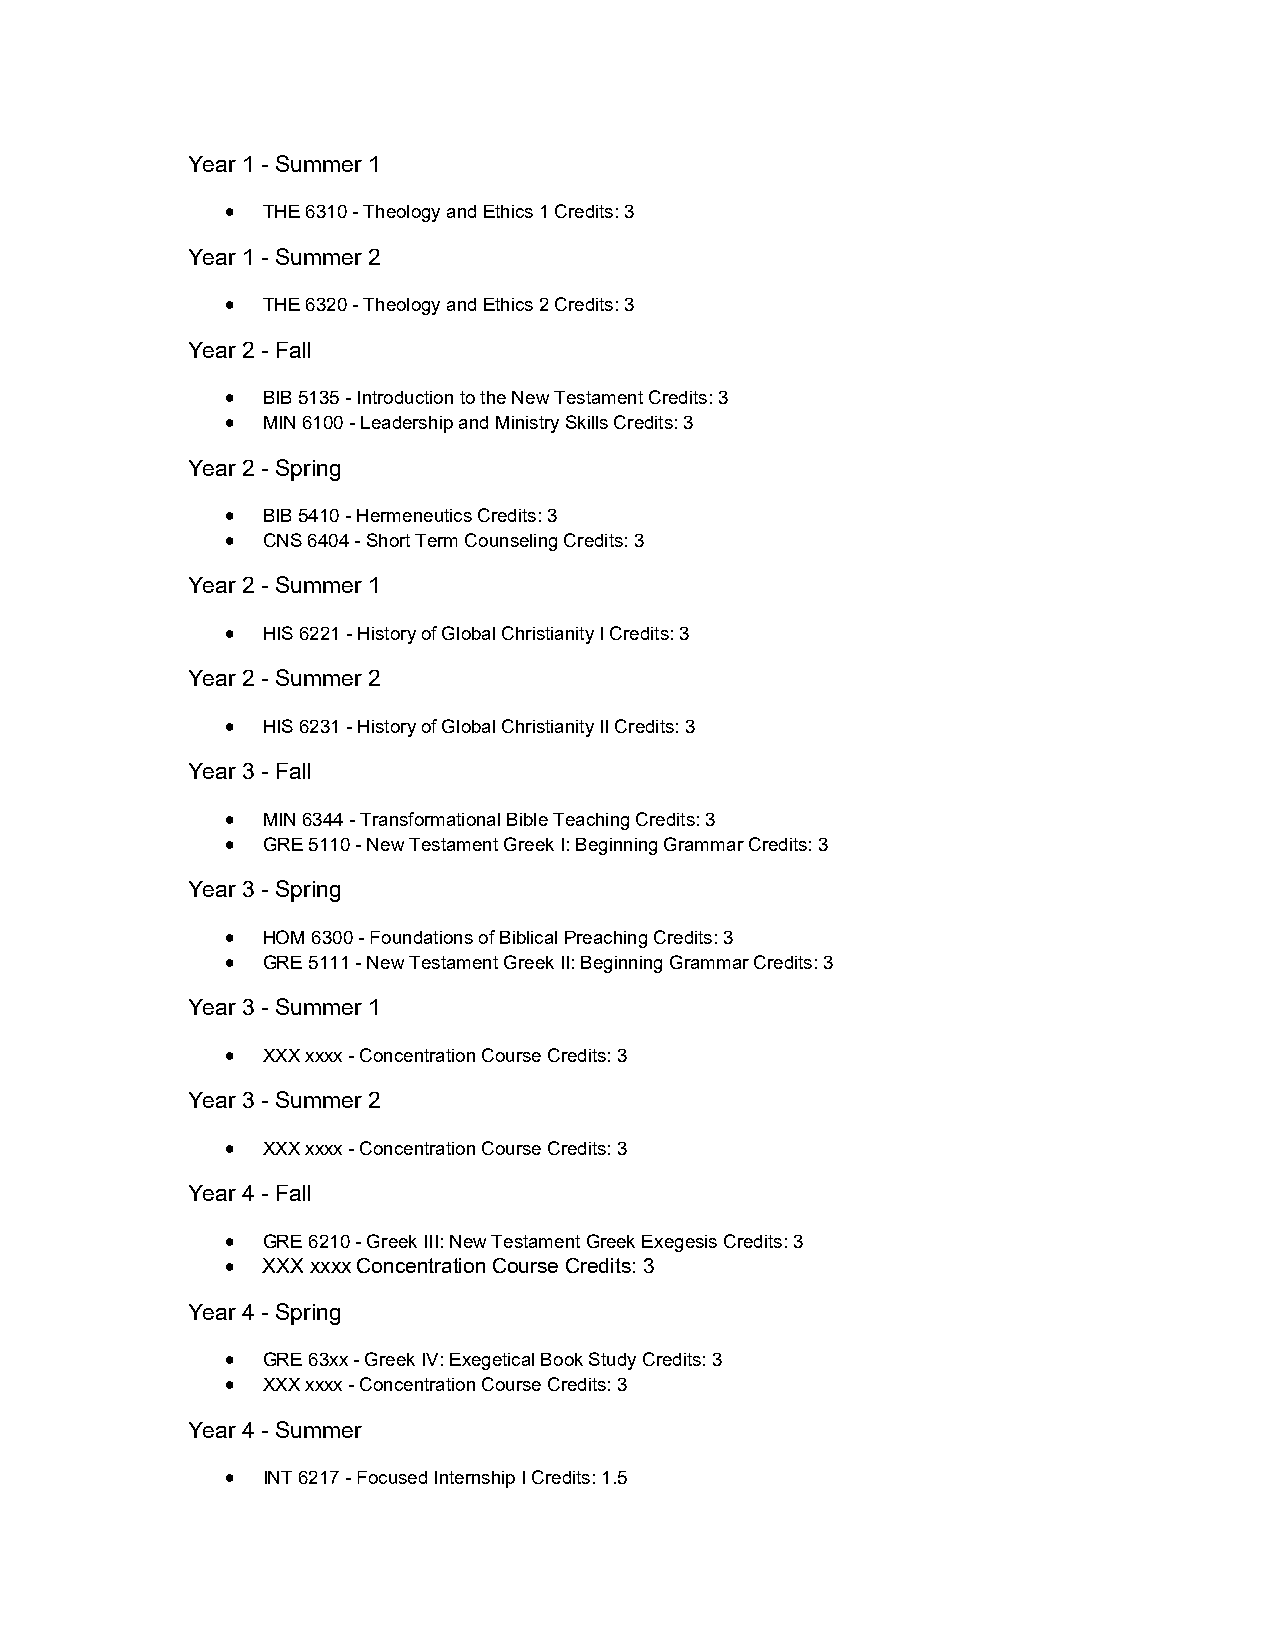
Year 1 - Summer 1
  THE 6310 - Theology and Ethics 1 Credits: 3
 Year 1 - Summer 2
  THE 6320 - Theology and Ethics 2 Credits: 3
 Year 2 - Fall
  BIB 5135 - Introduction to the New Testament Credits: 3
  MIN 6100 - Leadership and Ministry Skills Credits: 3
 Year 2 - Spring
  BIB 5410 - Hermeneutics Credits: 3
  CNS 6404 - Short Term Counseling Credits: 3
 Year 2 - Summer 1
  HIS 6221 - History of Global Christianity I Credits: 3
 Year 2 - Summer 2
  HIS 6231 - History of Global Christianity II Credits: 3
 Year 3 - Fall
  MIN 6344 - Transformational Bible Teaching Credits: 3
  GRE 5110 - New Testament Greek I: Beginning Grammar Credits: 3
 Year 3 - Spring
  HOM 6300 - Foundations of Biblical Preaching Credits: 3
  GRE 5111 - New Testament Greek II: Beginning Grammar Credits: 3
 Year 3 - Summer 1
  XXX xxxx - Concentration Course Credits: 3
 Year 3 - Summer 2
  XXX xxxx - Concentration Course Credits: 3
 Year 4 - Fall
  GRE 6210 - Greek III: New Testament Greek Exegesis Credits: 3
  XXX xxxx Concentration Course Credits: 3
 Year 4 - Spring
  GRE 63xx - Greek IV: Exegetical Book Study Credits: 3
  XXX xxxx - Concentration Course Credits: 3
 Year 4 - Summer
  INT 6217 - Focused Internship I Credits: 1.5